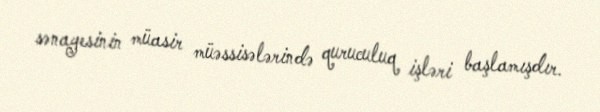
sənayesinin müasir müəssisələrində quruculuq işləri başlamışdır.